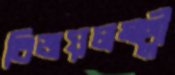
বিজয়লক্ষ্মী